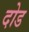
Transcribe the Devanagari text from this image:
दोड